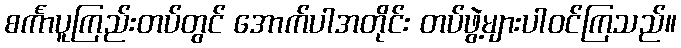
စင်္ကာပူကြည်းတပ်တွင် အောက်ပါအတိုင်း တပ်ဖွဲ့များပါဝင်ကြသည်။